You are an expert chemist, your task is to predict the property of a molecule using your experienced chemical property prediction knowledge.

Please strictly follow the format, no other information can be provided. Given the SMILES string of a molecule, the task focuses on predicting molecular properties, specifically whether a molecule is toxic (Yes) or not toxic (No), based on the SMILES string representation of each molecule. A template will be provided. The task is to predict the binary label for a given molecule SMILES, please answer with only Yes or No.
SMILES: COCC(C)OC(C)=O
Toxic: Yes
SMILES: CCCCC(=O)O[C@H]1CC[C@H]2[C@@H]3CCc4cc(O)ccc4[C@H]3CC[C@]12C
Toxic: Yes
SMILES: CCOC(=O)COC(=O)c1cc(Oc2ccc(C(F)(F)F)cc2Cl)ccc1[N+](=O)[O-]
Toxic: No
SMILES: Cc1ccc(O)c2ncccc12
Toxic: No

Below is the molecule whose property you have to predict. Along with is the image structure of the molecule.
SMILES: C[N+]1(C)[C@H]2C[C@H](OC(=O)[C@H](CO)c3ccccc3)C[C@@H]1[C@H]1O[C@@H]21
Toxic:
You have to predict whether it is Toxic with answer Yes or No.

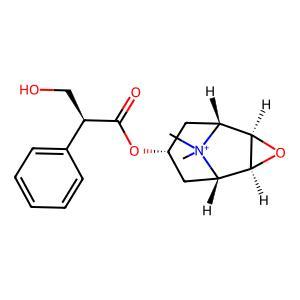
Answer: No